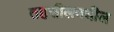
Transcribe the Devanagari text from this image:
तहसीलमधील